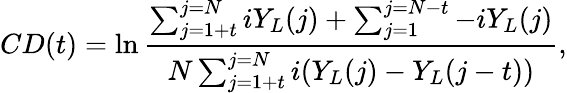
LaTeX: CD(t)=\ln\frac{\sum_{j=1+t}^{j=N}iY_{L}(j)+\sum_{j=1}^{j=N-t}-iY_{L}(j)}{N\sum_{j=1+t}^{j=N}i(Y_{L}(j)-Y_{L}(j-t))},